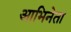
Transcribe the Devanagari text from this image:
आभिनेता